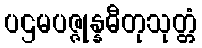
ပဌမပဇ္ဇုန္နဓီတုသုတ္တံ